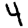
Digit: 4